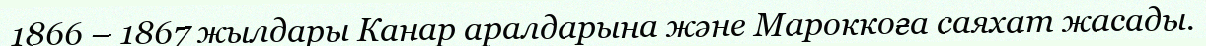
1866 – 1867 жылдары Канар аралдарына және Мароккоға саяхат жасады.